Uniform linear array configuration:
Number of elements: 4
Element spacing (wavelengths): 1
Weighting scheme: uniform
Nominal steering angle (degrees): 45
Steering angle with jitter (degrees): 46.086
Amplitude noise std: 0.05
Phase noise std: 0.05

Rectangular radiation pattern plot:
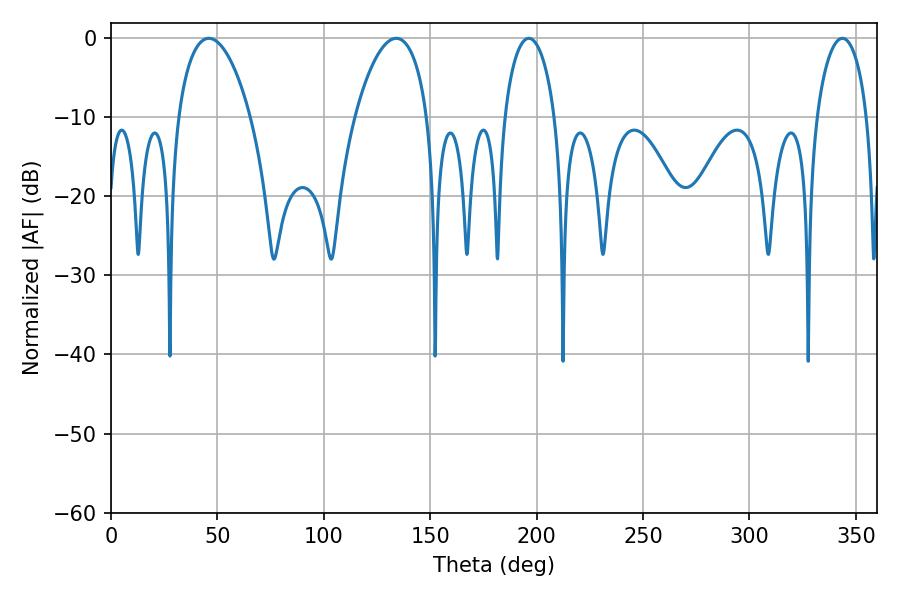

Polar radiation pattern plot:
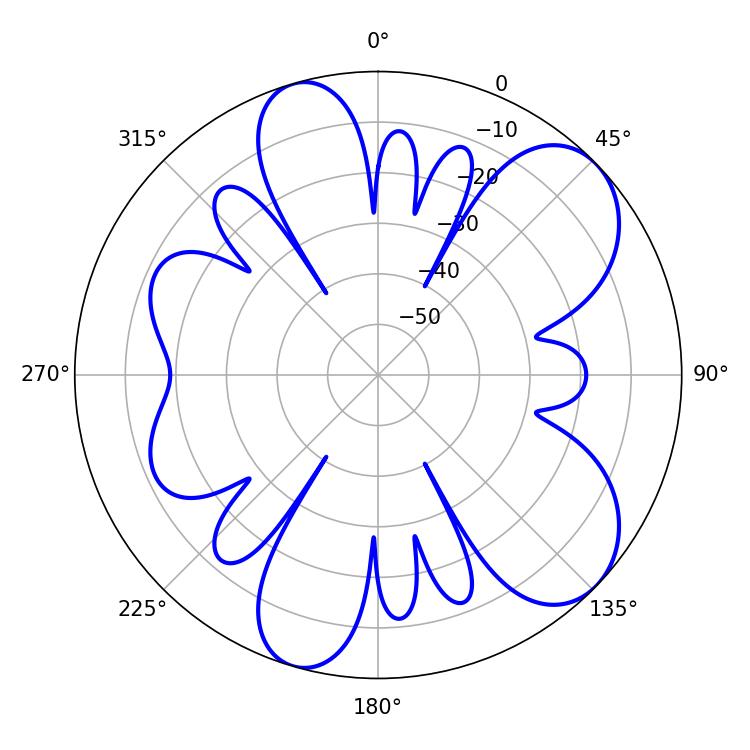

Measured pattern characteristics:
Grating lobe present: TRUE
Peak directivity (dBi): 7.883
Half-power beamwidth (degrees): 19.26
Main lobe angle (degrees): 45.9